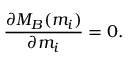
\frac { \partial M _ { B } ( m _ { i } ) } { \partial m _ { i } } = 0 .